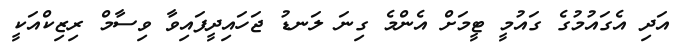
އަދި އެގައުމުގެ ގައުމީ ޓީމަށް އެންމެ ގިނަ ލަނޑު ޖަހައިދީފައިވާ ވިސާމް ރިޒިކްއަކީ